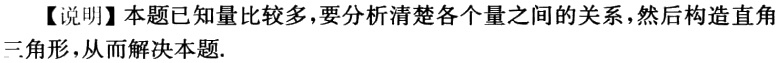
【说明】本题已知量比较多，要分析清楚各个量之间的关系，然后构造直角三角形，从而解决本题.